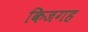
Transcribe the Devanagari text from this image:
किजगह